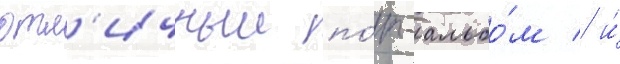
отл'ичныи по́п-альбо́м / и́